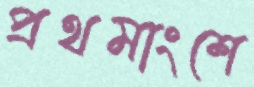
প্রথমাংশে